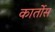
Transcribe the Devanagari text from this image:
कार्तोस